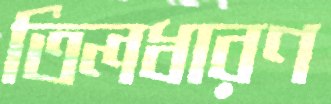
তিলধারণ